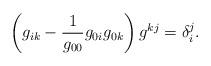
LaTeX: \begin{align*} \left( g_{i k} - \frac{1}{g_{0 0}} g_{0 i} g_{0 k} \right) g^{k j} = \delta_{i}^{j}. \end{align*}